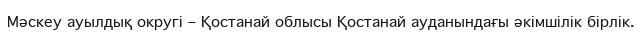
Мәскеу ауылдық округі – Қостанай облысы Қостанай ауданындағы әкімшілік бірлік.